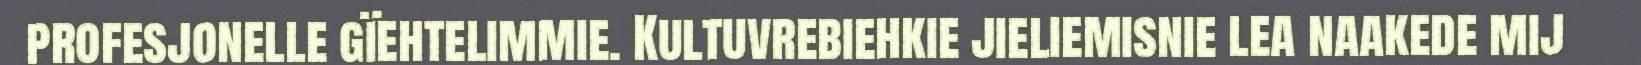
profesjonelle gïehtelimmie. Kultuvrebiehkie jieliemisnie lea naakede mij